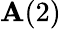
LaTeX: \mathbf{A}(2)